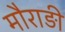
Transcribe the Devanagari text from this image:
मौराड़ी